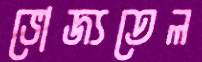
ভোজ্যতেল